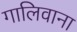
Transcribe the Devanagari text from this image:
गालिवाना